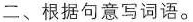
二、根据句意写词语。